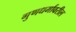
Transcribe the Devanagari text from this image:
गुणधर्मावरील